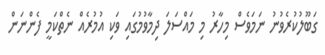
ގަބޫލުކުރެވުނު ނަމަވެސް މިހާރު މި މައްސަލަ ދިމާވުމުގައި ވަކި އުމުރެއް ނެތްކަމީ ފެންނަން